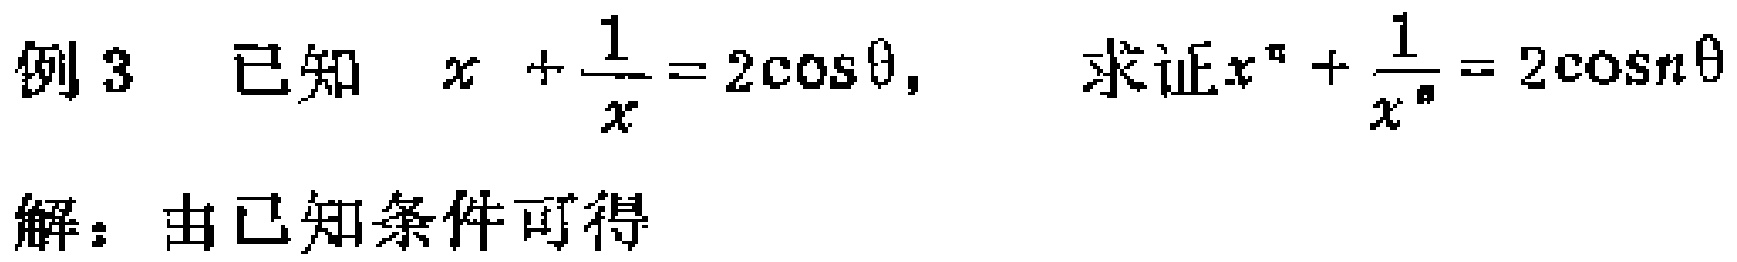
例 3 已知 \(x+\frac{1}{x}=2\cos\theta\)， 求证\(x^{n}+\frac{1}{x^{n}} = 2\cos n\theta\)
解：由已知条件可得